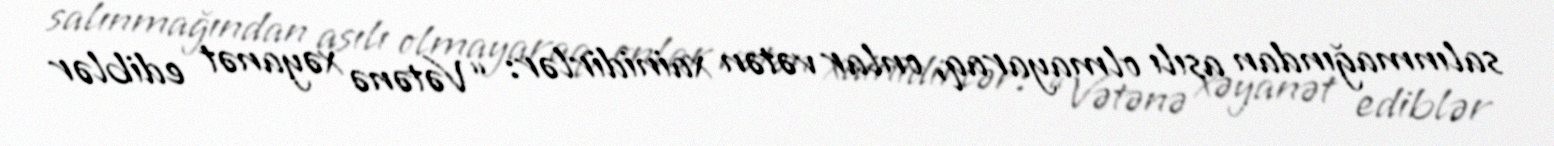
salınmağından asılı olmayaraq, onlar vətən xainidirlər: “Vətənə xəyanət ediblər